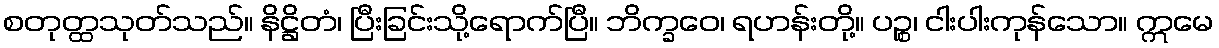
စတုတ္ထသုတ်သည်။ နိဋ္ဌိတံ၊ ပြီးခြင်းသို့ရောက်ပြီ။ ဘိက္ခဝေ၊ ရဟန်းတို့။ ပဉ္စ၊ ငါးပါးကုန်သော။ ဣမေ